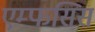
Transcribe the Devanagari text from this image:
एम्फसिस